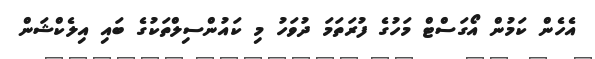
އެހެން ކަމުން އޯގަސްޓް މަހުގެ ފުރަތަމަ ދުވަހު މި ކައުންސިލްތަކުގެ ބައި އިލެކްޝަން